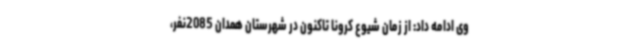
وی ادامه داد: از زمان شیوع کرونا تاکنون در شهرستان همدان 2085نفر،